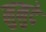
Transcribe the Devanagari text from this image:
मुमुदे